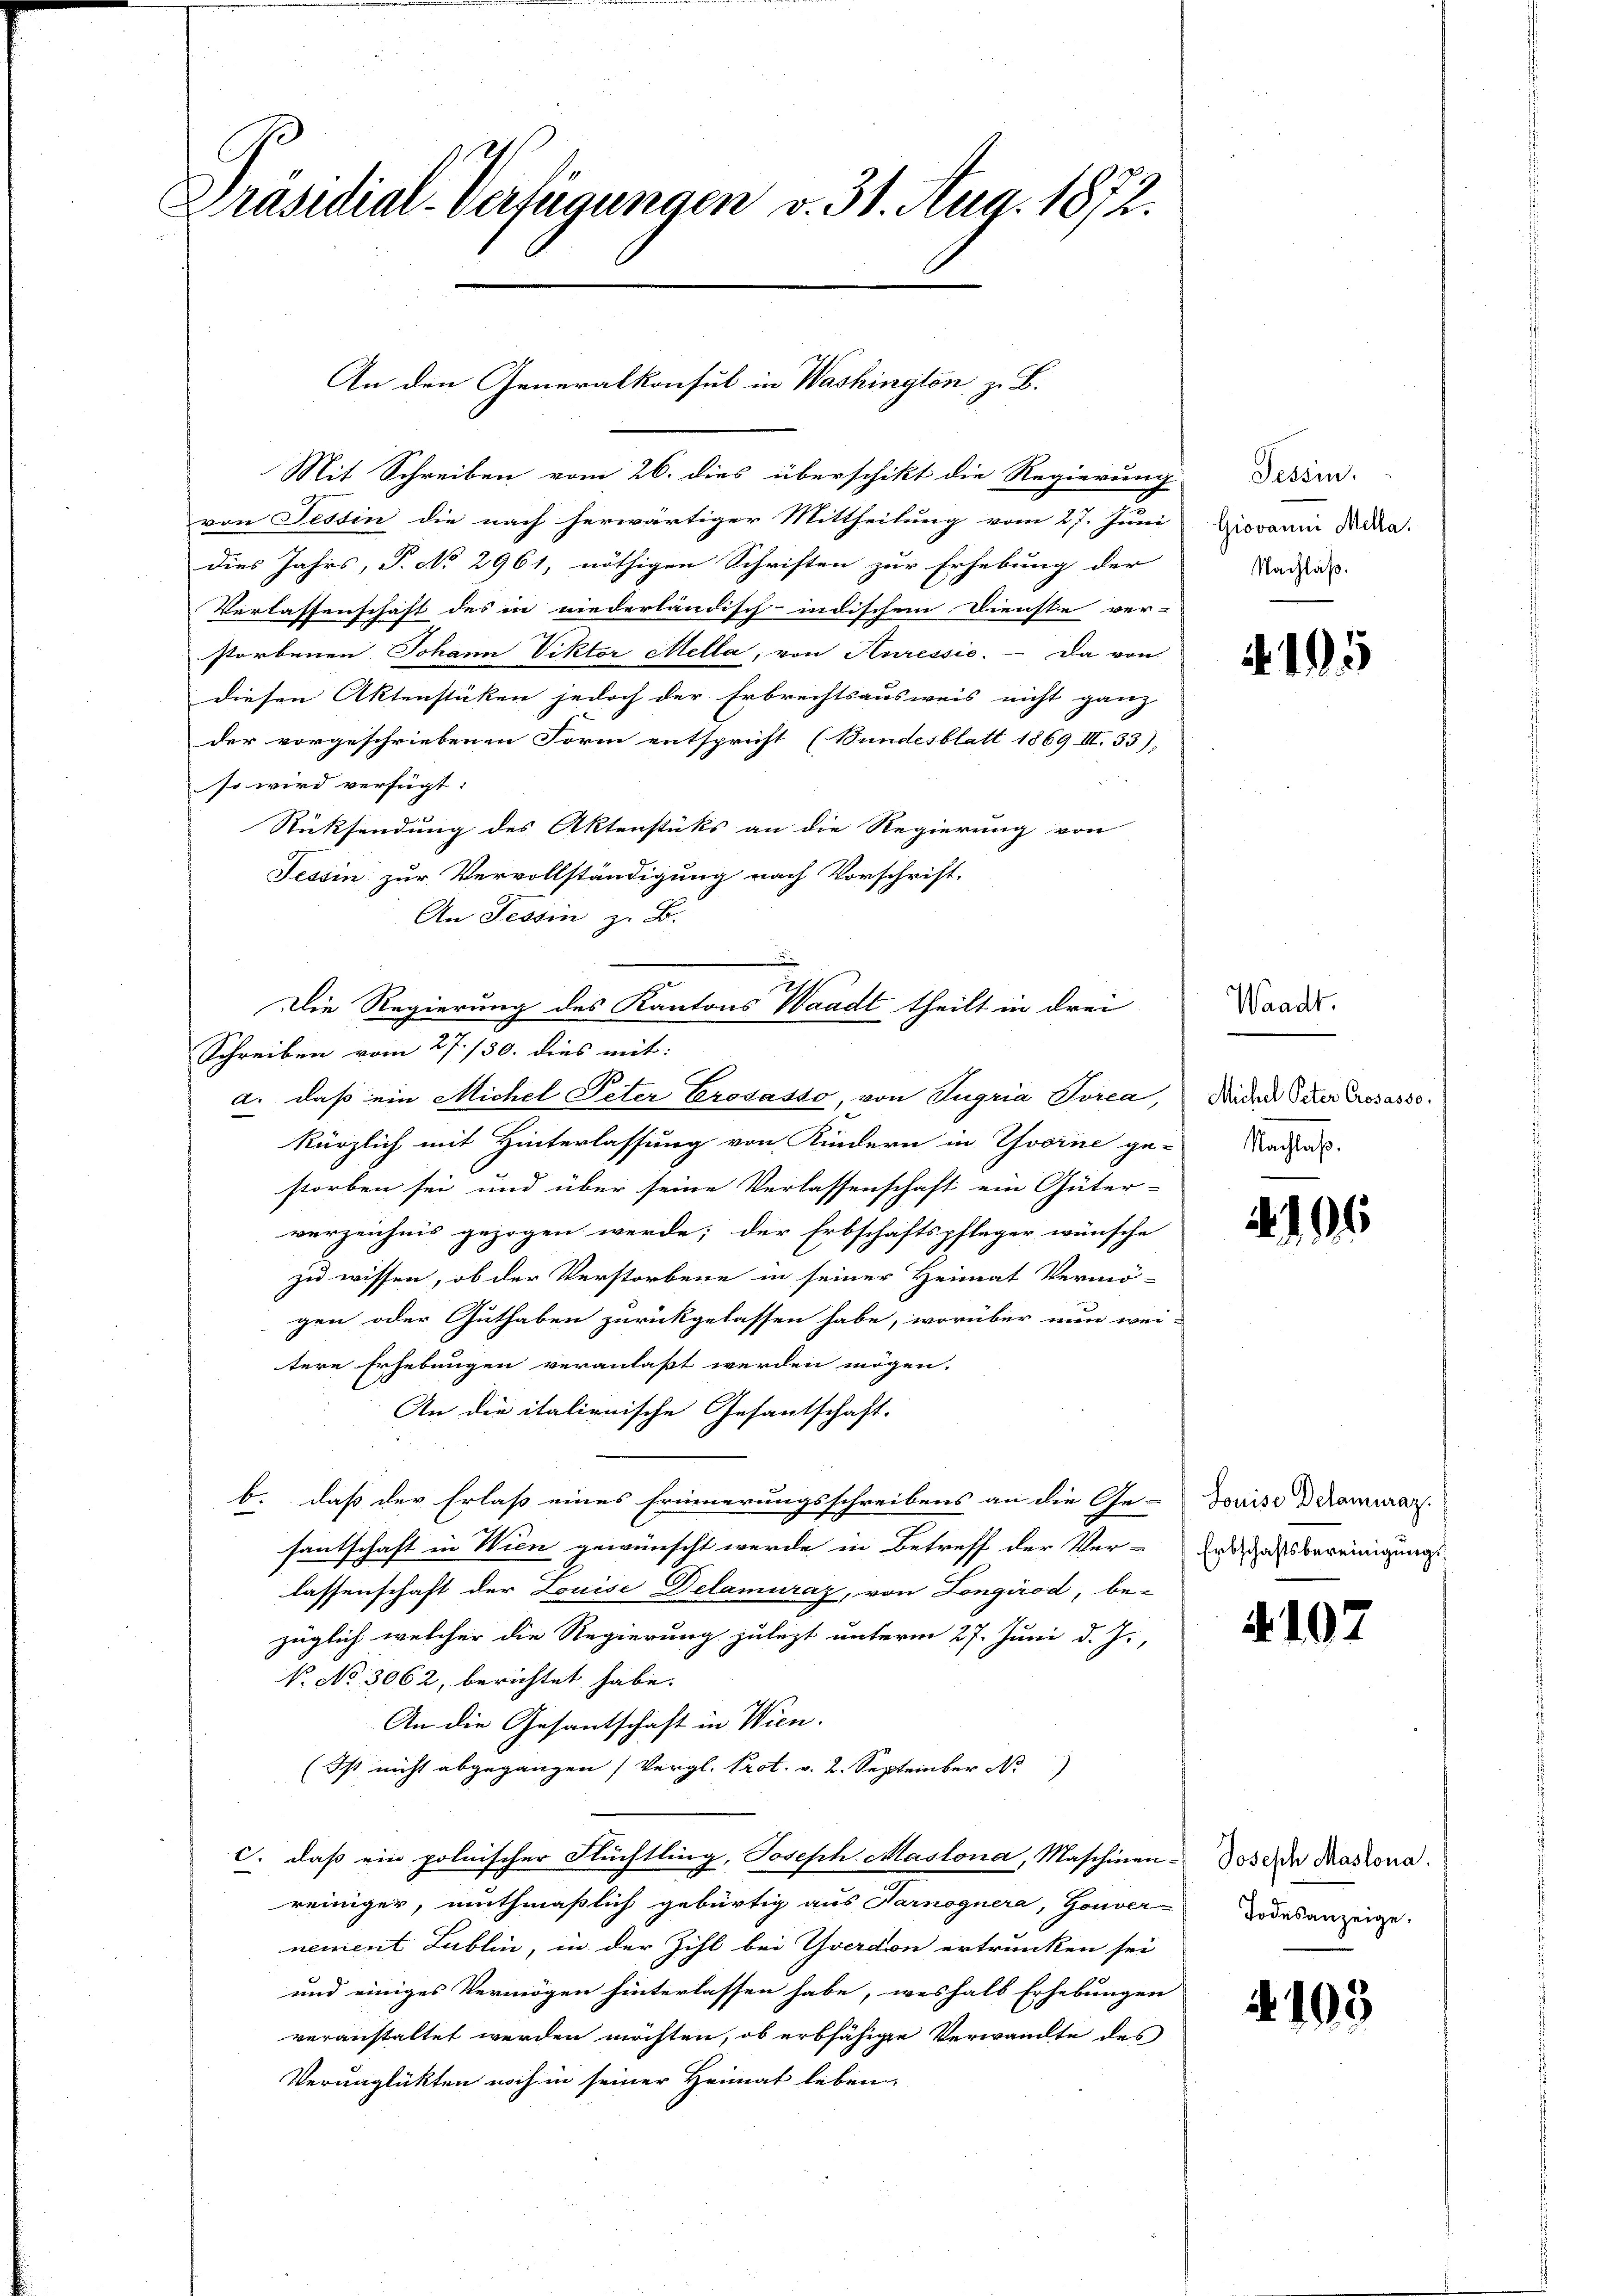
Präsidial-Verfügungen v. 31. Aug. 1872.

An den Generalkonsul in Washington z. B.

Mit Schreiben vom 26. dies überschikt die Regierung
von Tessin die nach herwärtiger Mittheilung vom 27. Juni
dies Jahrs, P. No 2961, nöthigen Schriften zur Erhebung der
Verlassenschaft des in niederländisch-indischem Dienste ver-
storbenen Johann Viktor Mella, von Huressie. - Da von
diesen Aktenstüken jedoch der Erbrechtsausweis nicht ganz
der vorgeschriebenen Form entspricht (Bundesblatt 1869 III. 33),
so wird verfügt:
Rücksendung des Aktenstüks an die Regierung von
Tessin zur Vervollständigung nach Vorschrift-
An Tessin z. B.
Die Regierung des Kantons Waadt theilt in drei
Schreiben vom 27./30. dies mit:
a. daß ein Michel Peter Crosasso, von Tugria Porea
kürzlich mit Hinterlassung von Kindern in Yvoine ge-
storben sei und über seine Verlassenschaft ein Güter-
verzeichnis gezogen werde; der Erbschaftspfleger wünsche
zu wissen, ob der Verstorbene in seiner Heimat Vermö-
gen oder Guthaben zurückgelassen habe, worüber nun wei-
tere Erhebungen veranlaßt werden mögen.
An die italienische Gesantschaft.
b. daß der Erlaß eines Erinnerungsschreibens an die Ge-
santschaft in Wien gewünscht werde in Betreff der Ver-
lassenschaft der Louise Delamuraz, von Longirod, be-
züglich welcher die Regierung zulezt unterm 27. Juni d. J.,
k. No 3062, berichtet habe.
An die Gesantschaft in Wien.
p
c. daß ein polnischer Flüchtling, Joseph Maslona, Maschinen-
reiniger, muthmaßlich gebürtig aus Tarnognera, Gouver
nement Lublin, in der Zihl bei Yverdon ertrunken sei
und einiges Vermögen hinterlassen habe, weshalb Erhebungen
veranstaltet werden möchten, ob erbfähige Verwandte des
Verunglückten noch in seiner Heimat leben,

Tessin.
Giovanni Mella.
Nachlaß.

4.195

Waadt.
Michel Peter Crosasso,
Nachlaß.

4196

Louise Detamuraz.
Erbschaftsbereinigungs

4102

Joseph Maslona.
Todesanzeige,

4193